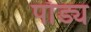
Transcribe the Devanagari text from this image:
पाँड्य